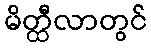
မိတ္ထီလာတွင်